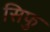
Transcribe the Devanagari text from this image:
सिफु